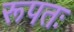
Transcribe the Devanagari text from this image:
रूपतः